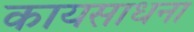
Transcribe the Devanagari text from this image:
कायसाधना